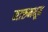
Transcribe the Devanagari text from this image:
मारुमधून